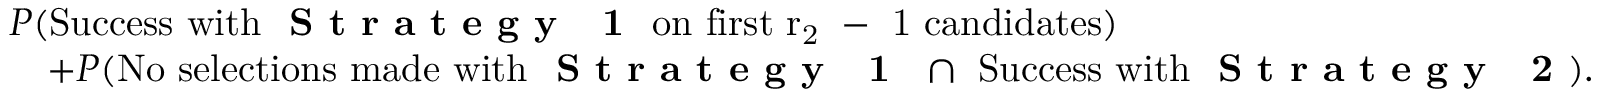
\begin{array} { r l } & { P ( \mathrm { S u c c e s s ~ w i t h ~ \textbf { S t r a t e g y ~ 1 } ~ o n ~ f i r s t ~ r _ 2 ~ - ~ 1 ~ c a n d i d a t e s } ) } \\ & { \quad + P ( \mathrm { N o ~ s e l e c t i o n s ~ m a d e ~ w i t h ~ \textbf { S t r a t e g y ~ 1 } ~ } \cap \mathrm { ~ S u c c e s s ~ w i t h ~ \textbf { S t r a t e g y ~ 2 } } ) . } \end{array}